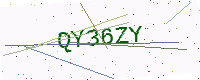
Text: QY36ZY